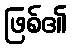
ဖြစ်၏